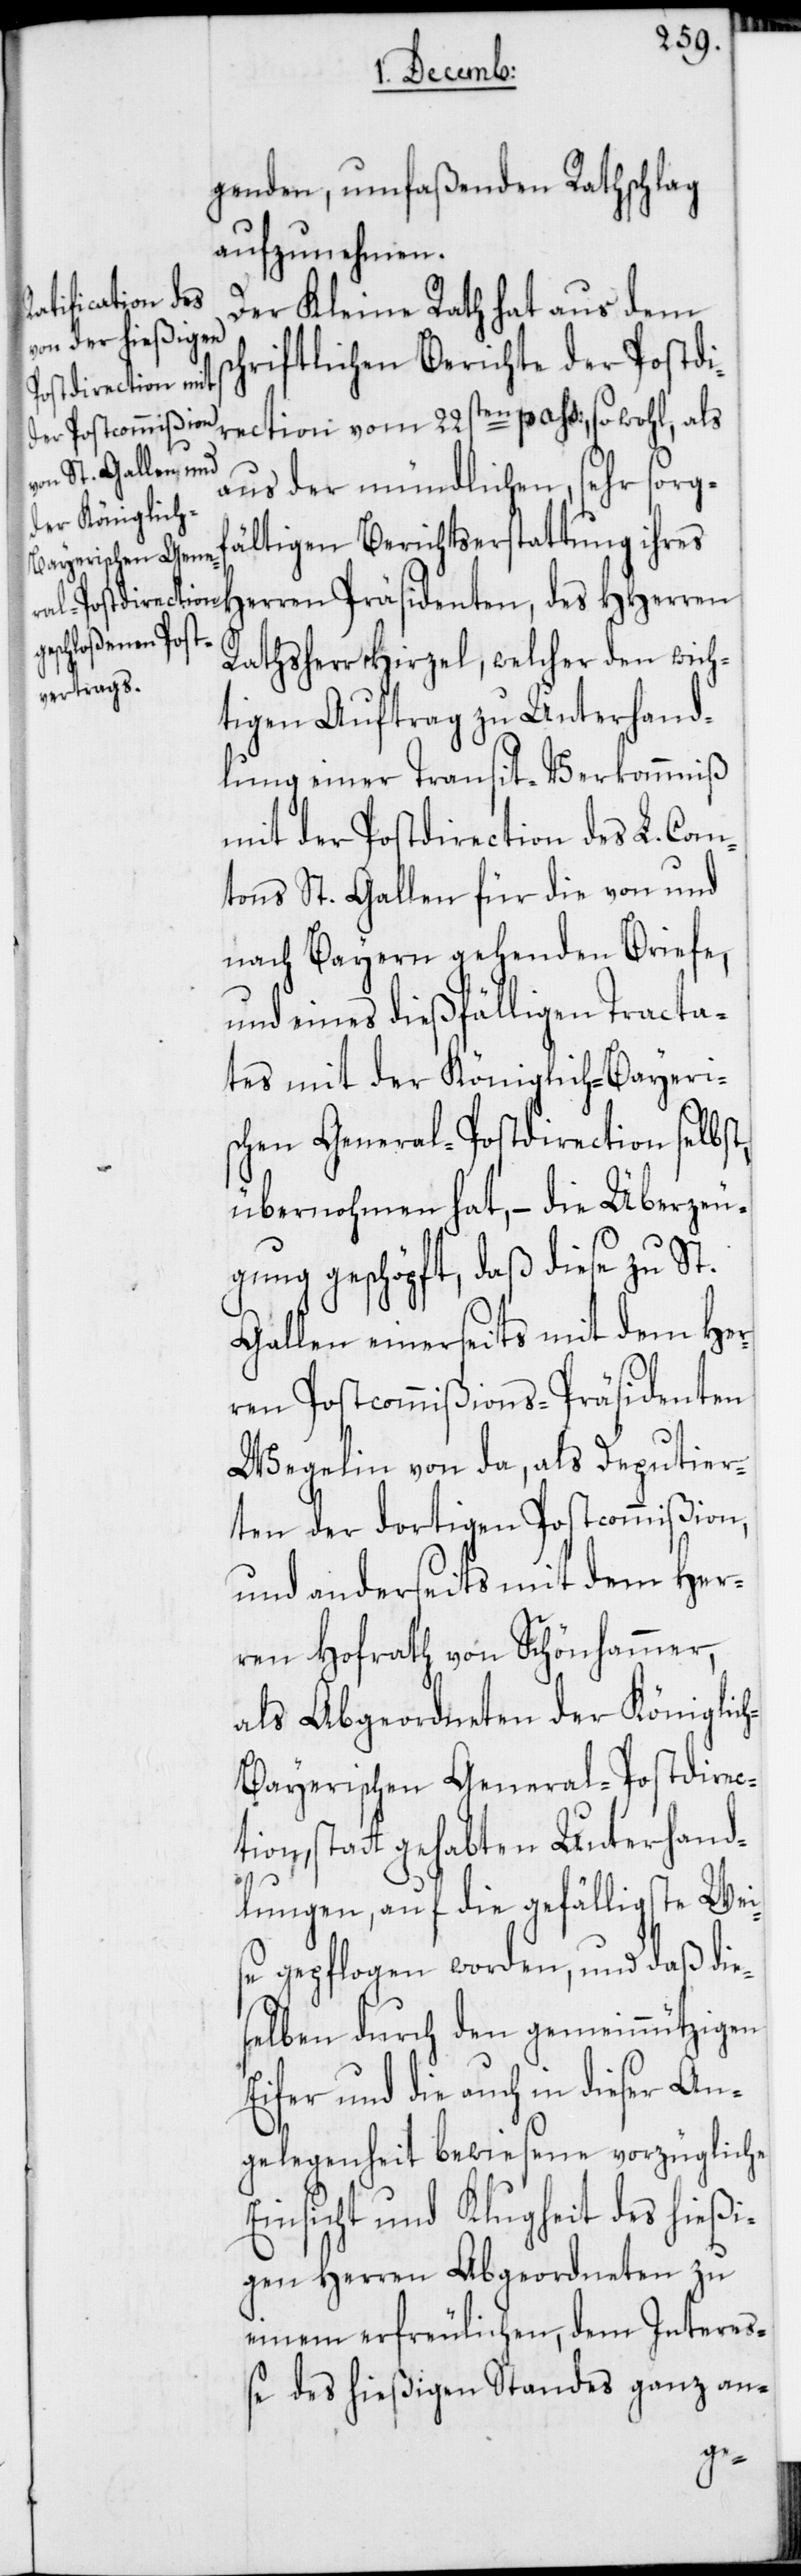
genden, umfaßenden Rathschlag
aufzunehmen.
Der Kleine Rath hat aus dem
chriftlichen Berichte der Postdi¬
rection vom 22sten pass:, sowohl, als
aus der mündlichen, sehr sorgf¬
ältigen Berichtserstattung ihres
Herren Präsidenten, des HHerren
Rathsherr Hirzel, welcher den wich¬
tigen Auftrag zu Unterhand¬
lung einer Transit-Verkommniß
mit der Postdirection des L. Can¬
tons St. Gallen für die von und
nach Bayern gehenden Briefe,
und eines dießfälligen Tracta¬
tes mit der Königlich-Bayeri¬
schen General-Postdirection selbst,
übernohmen hat, – die Überzeu¬
gung geschöpft, daß diese zu St.
Gallen einerseits mit dem Her¬
ren Postcommißions-Präsidenten
Wegelin von da, als Deputier¬
ten der dortigen Postcommißion,
und anderseits mit dem Her¬
ren Hofrath von Schönhammer,
als Abgeordneten der Königlic¬
h-Bayerischen General-Postdirec¬
tion, statt gehabten Unterhand¬
lungen, auf die gefälligste Wei¬
se gepflogen worden, und daß die¬
selben durch den gemeinnützigen
Eifer und die auch in dieser An¬
gelegenheit bewiesene vorzügliche
Einsicht und Klugheit des hießi¬
gen Herren Abgeordneten zu
einem erfreulichen, dem Intere¬
ße des hießigen Standes ganz an-
s¬